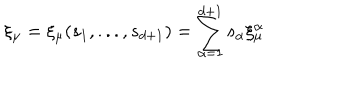
\xi _ { \mu } = \xi _ { \mu } ( s _ { 1 } , . . . , s _ { d + 1 } ) = \sum _ { \alpha = 1 } ^ { d + 1 } s _ { \alpha } \xi _ { \mu } ^ { \alpha }